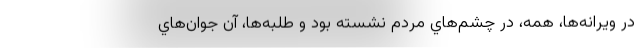
در ويرانه‌ها، همه، در چشم‌هاي مردم نشسته بود و طلبه‌ها، آن جوان‌هاي